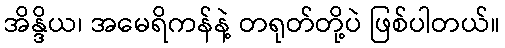
အိန္ဒိယ၊ အမေရိကန်နဲ့ တရုတ်တို့ပဲ ဖြစ်ပါတယ်။